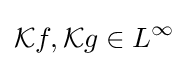
{\mathcal {K}}f,{\mathcal {K}}g\in L^{\infty }